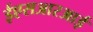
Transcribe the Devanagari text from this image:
ईएसआरआई